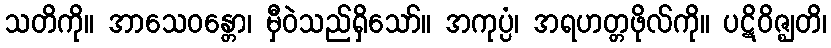
သတိကို။ အာသေဝန္တော၊ မှီဝဲသည်ရှိသော်။ အကုပ္ပံ၊ အရဟတ္တဖိုလ်ကို။ ပဋိဝိဇ္ဈတိ၊